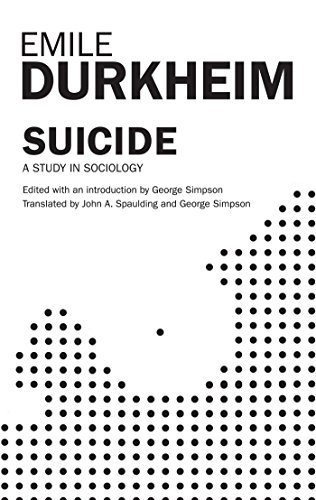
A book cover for Suicide: A Study In Sociology; Emile Durkheim; Self-Help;